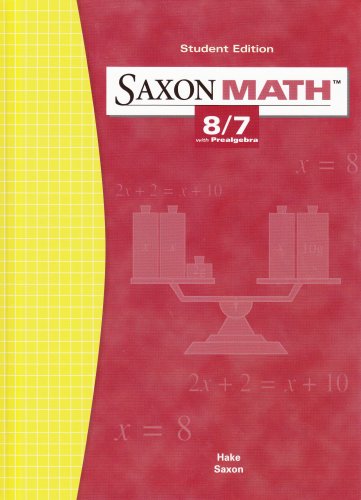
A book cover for Saxon Math: 8/7 with Prealgebra, Student Edition; SAXON PUBLISHERS; Teen & Young Adult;